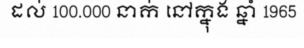
ដល់ 100.000 នាក់ នៅក្នុង ឆ្នាំ 1965